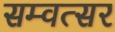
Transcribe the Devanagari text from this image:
सम्वत्सर